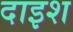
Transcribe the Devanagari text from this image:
दाइश